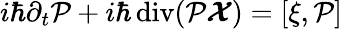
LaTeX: i\hbar\partial_{t}{\cal P}+i\hbar\operatorname{div}({\cal P}\boldsymbol{\cal X})=[\xi,{\cal P}]